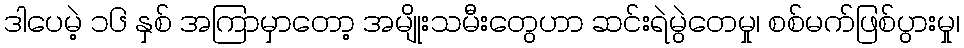
ဒါပေမဲ့ ၁၆ နှစ် အကြာမှာတော့ အမျိုးသမီးတွေဟာ ဆင်းရဲမွဲတေမှု၊ စစ်မက်ဖြစ်ပွားမှု၊